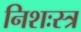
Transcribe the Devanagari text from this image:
निशःस्त्र